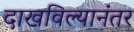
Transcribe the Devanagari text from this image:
दाखविल्यानंतर